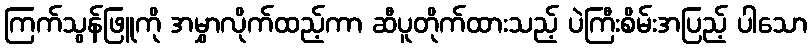
ကြက်သွန်ဖြူကို အမွှာလိုက်ထည့်ကာ ဆီပူတိုက်ထားသည့် ပဲကြီးစိမ်းအပြည့် ပါသော